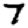
Digit: 7